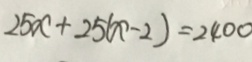
2 5 x + 2 5 ( x - 2 ) = 2 4 0 0